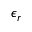
\epsilon _ { r }